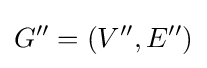
G''=(V'',E'')